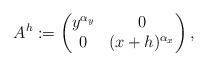
LaTeX: \begin{align*}A^h := \begin{pmatrix} y^{\alpha_y} & 0 \\ 0 &(x+h)^{\alpha_x} \end{pmatrix},\end{align*}